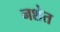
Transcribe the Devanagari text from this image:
नशेत